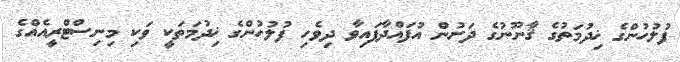
ފުލުހުންގެ ޚިދުމަތުގެ ޤާނޫނުގެ ދަށުން އުފައްދާފައިވާ ދިވެހި ފުލުހުންގެ ޚިދުމަތަކީ ވަކި މިނިސްޓްރީއެއްގެ